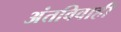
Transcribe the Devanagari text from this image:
अंतविवाही